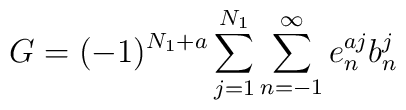
G=(-1)^{N_1+a}\sum_{j=1}^{N_1}\sum_{n=-1}^\infty e_n^{aj}b_n^j